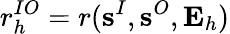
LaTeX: r_{h}^{IO}=r(\textbf{s}^{I},\textbf{s}^{O},\mathbf{E}_{h})